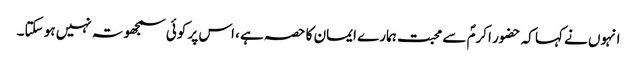
انہوں نے کہا کہ حضور اکرمؐ سے محبت ہمارے ایمان کا حصہ ہے، اس پر کوئی سمجھوتہ نہیں ہو سکتا۔